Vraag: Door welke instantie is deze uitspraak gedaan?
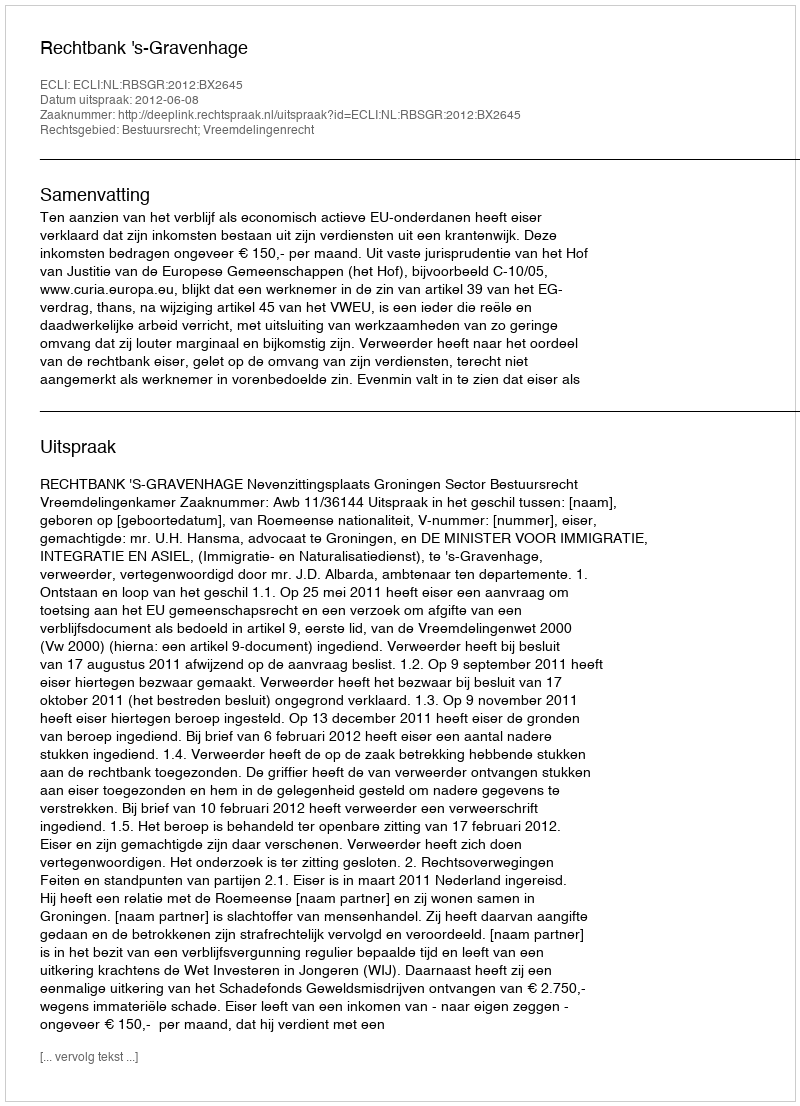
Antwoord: Rechtbank 's-Gravenhage